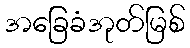
အခြေခံအုတ်မြစ်